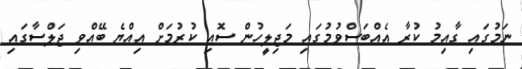
ނަމުގައި ގާއިމު ކުރާ އެއްބަސްވުމުގައި މަޖިލީހުން ސޮއި ކުރުމަށް އިއްޔެ ބޭއްވި ޖަލްސާގައި